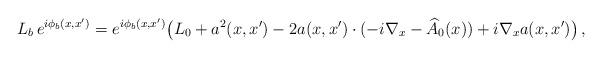
LaTeX: \begin{align*} L_b \, e^{i\phi_b(x,x')}=e^{i\phi_b(x,x')}\big ( L_0+a^2(x,x')-2a(x,x')\cdot (-i\nabla_x-\widehat A_0(x))+i\nabla_x a(x,x')\big )\,,\end{align*}